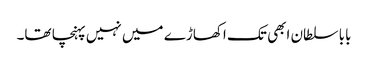
بابا سلطان ابھی تک اکھاڑے میں نہیں پہنچا تھا۔